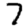
Digit: 7